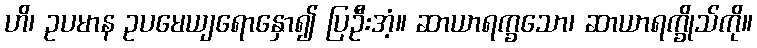
ဟိ၊ ဥပမာန ဥပမေယျရောနှော၍ ပြဦးအံ့။ ဆာယာရက္ခသော၊ ဆာယာရက္ခိုသ်ကို။